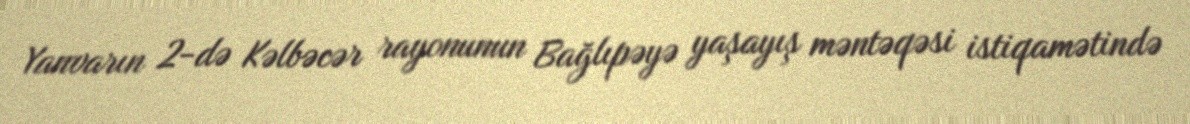
Yanvarın 2-də Kəlbəcər rayonunun Bağlıpəyə yaşayış məntəqəsi istiqamətində